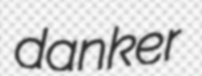
danker